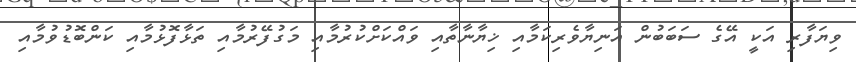
ވިޔަފާރި އަކީ އޭގެ ސަބަބުން އަނިޔާވެރިކަމާއި ޚިޔާނާތާއި ވައްކަށްކުރުމާއި މަގުފޭރުމާއި ތަޅާފޮޅުމާއި ކަންބޮޑުވުމާއި